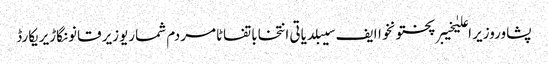
پشاوروزیر اعلیٰخیبرپختونخواایف سیبلدیاتی انتخاباتفاٹامردم شماریوزیر قانونگاڑیریکارڈ